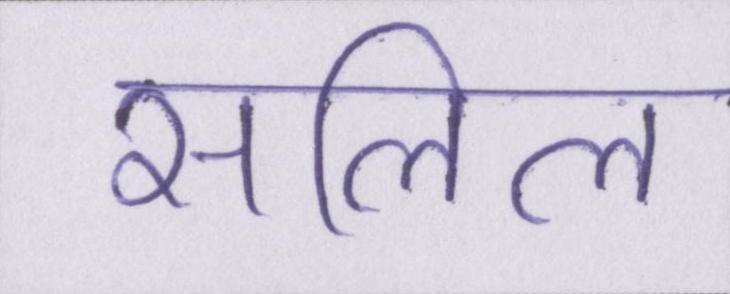
सलिल